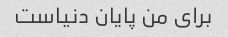
برای من پایان دنیاست